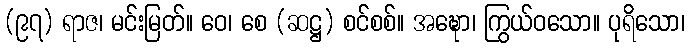
(၉၇) ရာဇ၊ မင်းမြတ်။ ဝေ၊ စေ (ဆဋ္ဌ) စင်စစ်။ အဍ္ဎော၊ ကြွယ်ဝသော။ ပုရိသော၊